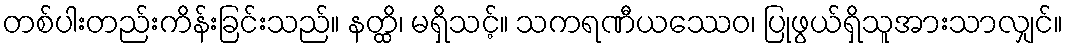
တစ်ပါးတည်းကိန်းခြင်းသည်။ နတ္ထိ၊ မရှိသင့်။ သကရဏီယဿေဝ၊ ပြုဖွယ်ရှိသူအားသာလျှင်။